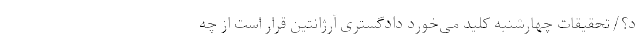
د؟/تحقیقات چهارشنبه کلید می‌خورد دادگستری آرژانتین قرار است از چه